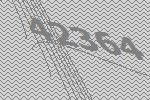
42364